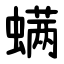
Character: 螨